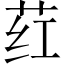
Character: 荭